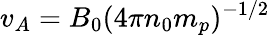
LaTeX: v_{A}=B_{0}(4\pi n_{0}m_{p})^{-1/2}